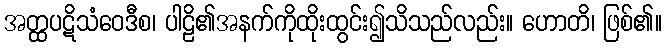
အတ္ထပဋိသံဝေဒီစ၊ ပါဠိ၏အနက်ကိုထိုးထွင်း၍သိသည်လည်း။ ဟောတိ၊ ဖြစ်၏။